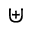
\uplus